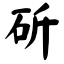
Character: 斫